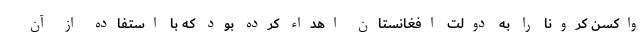
واکسن کرونا را به دولت افغانستان اهداء کرده بود که با استفاده از آن